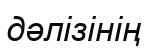
дәлізінің